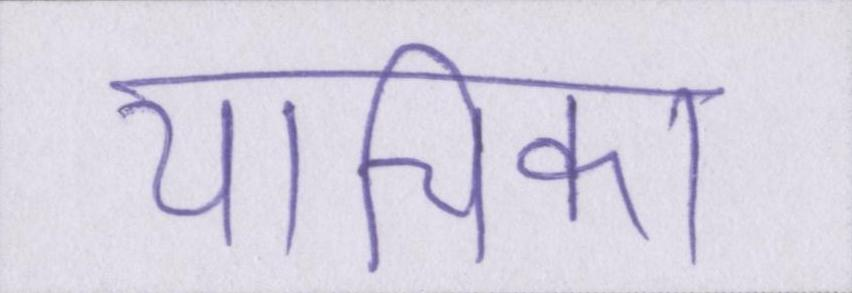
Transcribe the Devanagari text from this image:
याचिका